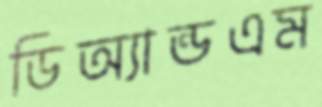
ডিঅ্যান্ডএম